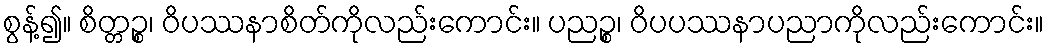
စွန့်၍။ စိတ္တဉ္စ၊ ဝိပဿနာစိတ်ကိုလည်းကောင်း။ ပညဉ္စ၊ ဝိပပဿနာပညာကိုလည်းကောင်း။